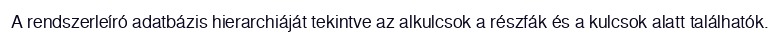
A rendszerleíró adatbázis hierarchiáját tekintve az alkulcsok a részfák és a kulcsok alatt találhatók.